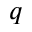
q